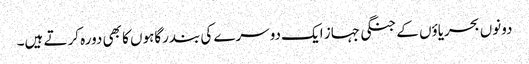
دونوں بحریاؤں کے جنگی جہاز ایک دوسرے کی بندرگاہوں کا بھی دورہ کرتے ہیں۔